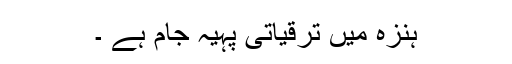
ہنزہ میں ترقیاتی پہیہ جام ہے ۔